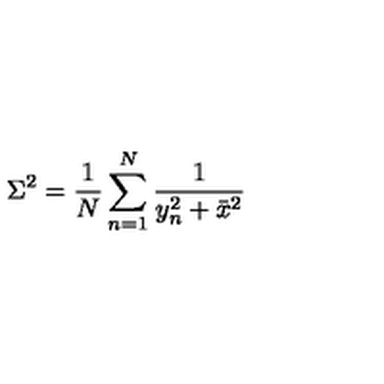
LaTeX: \Sigma ^ { 2 } = \frac { 1 } { N } \sum _ { n = 1 } ^ { N } \frac { 1 } { y _ { n } ^ { 2 } + \bar { x } ^ { 2 } }